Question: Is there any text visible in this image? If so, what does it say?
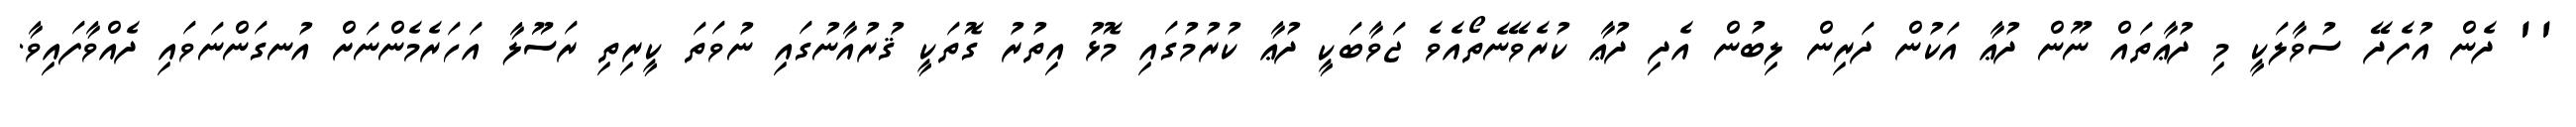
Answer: '' ދެން އުފެދޭ ސުވާލަކީ މި ދުޢާތައް ނޫން ދުޢާ އަކުން ދަރިން ލިބުން އެދި ދުޢާ ކުރެވޭނެތޯއެވެ ޖަވާބަކީ ދުޢާ ކުރުމުގައި މޮޅު އިތުރު ގޮތަކީ ޤުރުއާނުގައި ނުވަތަ ކީރިތި ރަސޫލާ އަހަރެމެންނަށް އުނގަންނަވައި ދެއްވާފައިވާ.